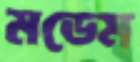
মডেম